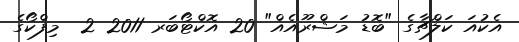
އެކުއަ ކަލްޗާގެ "ބޮޑު މަޝްރޫއެއް" 20 އޮކްޓޯބަރ 2011 2  މިފްކޯގެ